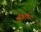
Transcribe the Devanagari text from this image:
सुश्रुतेन